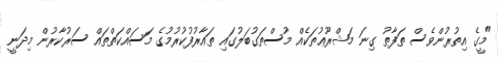
"މީގެ އިތުރުންވެސް ތަފާތު ގިނަ މަޝްރޫޢުތަކެއް މުސްތަގުބަލުގައި ތައާރުފުކުރުމުގެ މަސައްކަތްތައް ސަރުކާރުން މިދަނީ